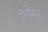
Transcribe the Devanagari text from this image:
चंगेख